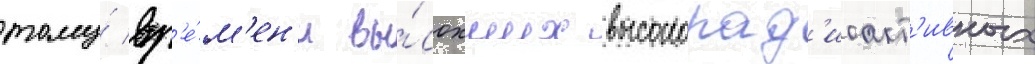
тому́ вр'е́м'ен'и вы́сохших высокорад'иоакт'ивных